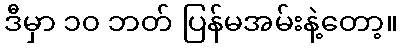
ဒီမှာ ၁၀ ဘတ် ပြန်မအမ်းနဲ့တော့။